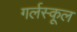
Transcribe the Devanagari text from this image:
गर्लस्कूल